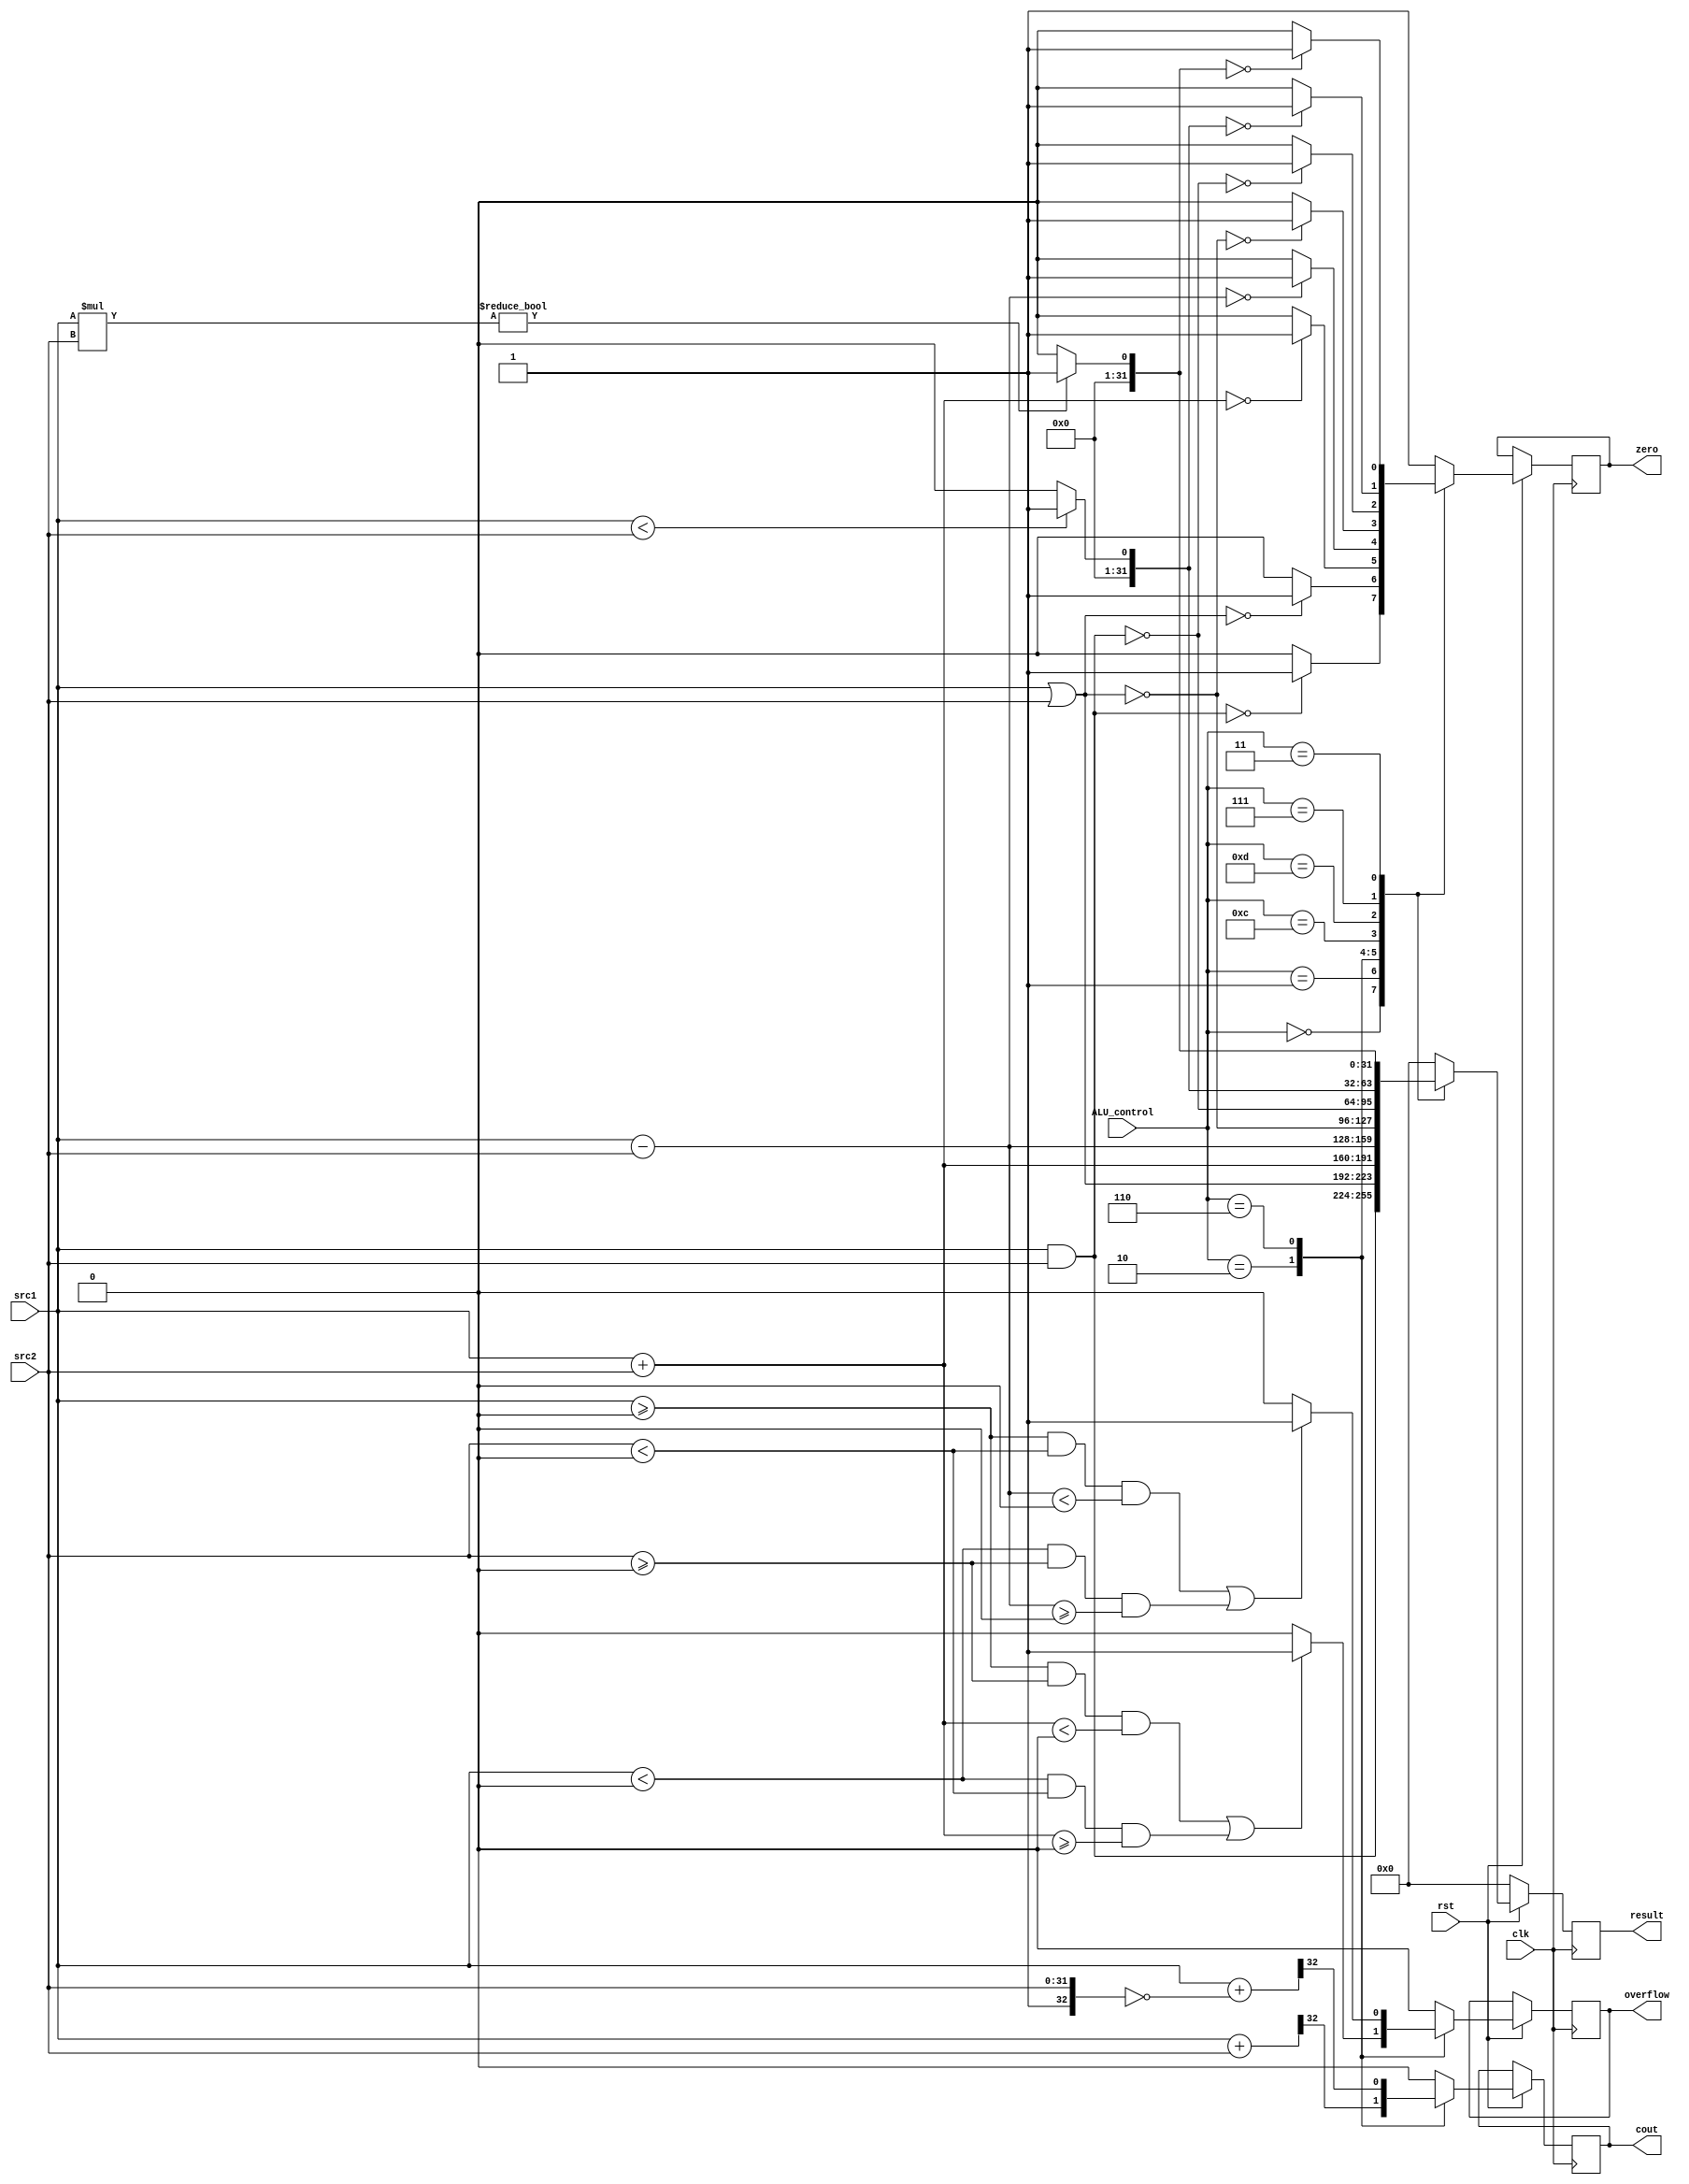
`timescale 1ns / 1ps
//////////////////////////////////////////////////////////////////////////////////
// Company: 
// Engineer: 
// 
// Design Name: 
// Module Name:    alu 
// Project Name: 
// Target Devices: 
// Tool versions: 
// Description: 
//
// Dependencies: 
//
// Revision: 
// Revision 0.01 - File Created
// Additional Comments: 
//
//////////////////////////////////////////////////////////////////////////////////
module alu(
          
          clk,
          rst,
           src1,          // 32 bits source 1          (input)
           src2,          // 32 bits source 2          (input)
           ALU_control,   // 4 bits ALU control input  (input)
           result,        // 32 bits result            (output)
           zero,          // 1 bit when the output is 0, zero must be set (output)
           cout,          // 1 bit carry out           (output)
           overflow       // 1 bit overflow            (output)
           );


    input   clk,rst;
	input  [32-1:0] src1;
	input  [32-1:0] src2;
	input   [4-1:0] ALU_control;

   output reg [32-1:0] result;
	output reg  zero;
	output reg  cout;
	output reg  overflow;
	wire [32:0] tmp,tmp2;
	assign tmp={1'b0,src1} + {1'b0,src2};
	assign tmp2={1'b0,src1} +(~{1'b1,src2});
   always@( negedge clk ) 
   if (~rst)
   result = 32'b0;
   else
		begin	   
			  case(ALU_control) 
					 4'b0000: begin
									result=src1&src2;     //AND
									zero=(result==32'b0)?1'b1:1'b0;
									overflow=1'b0;
									cout=1'b0;
								 end
					 4'b0001: begin
									result=src1|src2;      //OR
									zero=(result==32'b0)?1'b1:1'b0;
									overflow=1'b0;
									cout=1'b0;
								 end
					 4'b0010: begin					     //ADD
									result=src1+src2;
									zero=(result==32'b0)?1'b1:1'b0;
									cout=tmp[32];
									if ((src1>=0&&src2>=0&&result<0)||(src1<0&&src2<0&&result>=0)) 
			                        overflow=1'b1;
									else  overflow=1'b0;
								 end
					 4'b0110: begin					     //sub
									result=src1-src2;
									zero=(result==32'b0)?1'b1:1'b0;
									cout=tmp2[32];
									if ((src1>=0&&src2<0&&result<0)||(src1<0&&src2>=0&&result>=0)) 
			                        overflow=1'b1;
									else  overflow=1'b0;
								 end     
					 4'b1100: begin
									result=~(src1|src2);    //NOR
									zero=(result==32'b0)?1'b1:1'b0;
									overflow=1'b0;
									cout=1'b0;
								 end
					 4'b1101: begin
									result=~(src1&src2);   //NAND
									zero=(result==32'b0)?1'b1:1'b0;
									overflow=1'b0;	
									cout=1'b0;
								 end
					 4'b0111: begin  				        //slt 
									result=(src1<src2)?32'h1:32'h0;
									zero=(result==32'b0)?1'b1:1'b0;
									overflow=1'b0;
									cout=1'b0;
								 end 
					 4'b0011: begin  				        //mul 
									result=(src1*src2)?32'h1:32'h0;
									zero=(result==32'b0)?1'b1:1'b0;
									overflow=1'b0;
									cout=1'b0;
								 end      
					 default: begin
					               result=32'h0;
									zero=(result==32'b0)?1'b1:1'b0;
									overflow=1'b0;
									cout=1'b0;		
								 end
				endcase
			end
endmodule